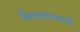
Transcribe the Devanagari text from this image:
नित्यस्मरणाची